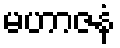
မဟာဇနံ